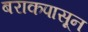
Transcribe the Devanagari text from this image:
बराकपासून